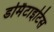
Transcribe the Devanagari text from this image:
डर्मिटाइटिस